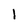
Character: 1